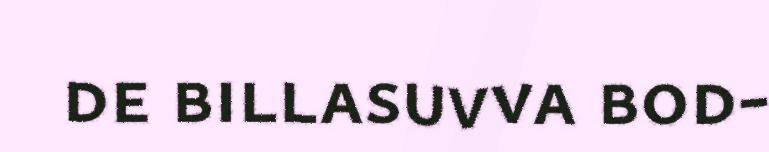
de billasuvva bod-